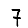
Digit: 7